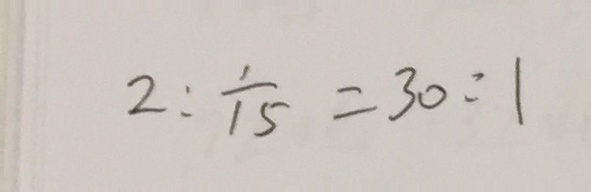
2 : \frac { 1 } { 1 5 } = 3 0 : 1